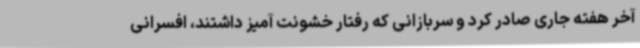
آخر هفته جاری صادر کرد و سربازانی که رفتار خشونت آمیز داشتند، افسرانی